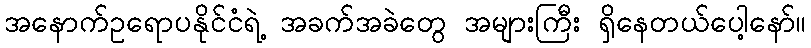
အနောက်ဥရောပနိုင်ငံရဲ့ အခက်အခဲတွေ အများကြီး ရှိနေတယ်ပေါ့နော်။